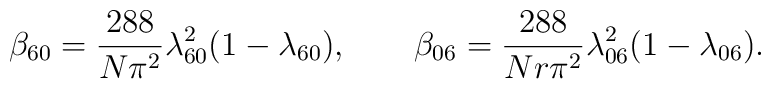
\beta _{60}={\frac{288}{N\pi ^{2}}}\lambda _{60}^{2}(1-\lambda _{60}),\qquad\beta _{06}={\frac{288}{Nr\pi ^{2}}}\lambda _{06}^{2}(1-\lambda _{06}).